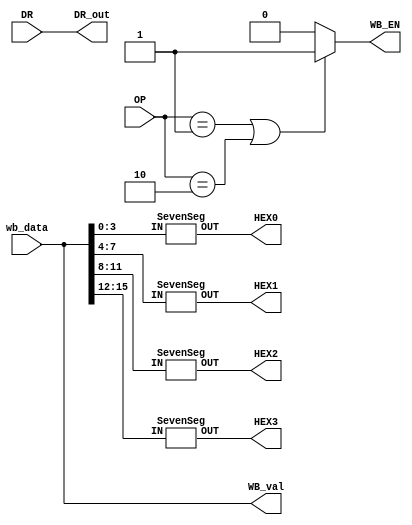
module WB(OP, DR, wb_data, WB_val, WB_EN, DR_out, HEX0,HEX1,HEX2,HEX3);
input [1:0] OP;
input [2:0] DR;
input [15:0] wb_data;
output [15:0] WB_val;
output WB_EN;
output [2:0] DR_out;
output [6:0] HEX0, HEX1, HEX2, HEX3;

assign WB_val = wb_data;
assign WB_EN = (OP == 2'b01 || OP == 2'b10) ? 1'b1 : 1'b0;
assign DR_out = DR;

SevenSeg sseg0(.IN(WB_val[ 3: 0]),.OUT(HEX0));
SevenSeg sseg1(.IN(WB_val[ 7: 4]),.OUT(HEX1));
SevenSeg sseg2(.IN(WB_val[11: 8]),.OUT(HEX2));
SevenSeg sseg3(.IN(WB_val[15:12]),.OUT(HEX3));
endmodule

module SevenSeg(OUT,IN);
input [3:0] IN;
output [6:0] OUT;
assign OUT =
(IN == 4'h0) ? 7'b1000000 :
(IN == 4'h1) ? 7'b1111001 :
(IN == 4'h2) ? 7'b0100100 :
(IN == 4'h3) ? 7'b0110000 :
(IN == 4'h4) ? 7'b0011001 :
(IN == 4'h5) ? 7'b0010010 :
(IN == 4'h6) ? 7'b0000010 :
(IN == 4'h7) ? 7'b1111000 :
(IN == 4'h8) ? 7'b0000000 :
(IN == 4'h9) ? 7'b0010000 :
(IN == 4'hA) ? 7'b0001000 :
(IN == 4'hb) ? 7'b0000011 :
(IN == 4'hc) ? 7'b1000110 :
(IN == 4'hd) ? 7'b0100001 :
(IN == 4'he) ? 7'b0000110 :
/*IN == 4'hf*/ 7'b0001110 ;
endmodule